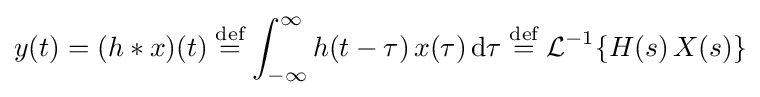
y(t)=(h*x)(t)\mathrel {\stackrel {\text{def}}{=}} \int _{-\infty }^{\infty }h(t-\tau )\,x(\tau )\,\mathrm {d} \tau \mathrel {\stackrel {\text{def}}{=}} {\mathcal {L}}^{-1}\{H(s)\,X(s)\}